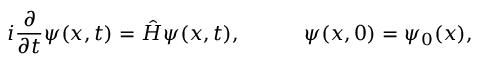
i \frac { \partial } { \partial t } \psi ( x , t ) = \hat { H } \psi ( x , t ) , \qquad \quad \psi ( x , 0 ) = \psi _ { 0 } ( x ) ,